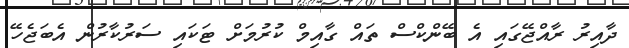
ދާއިރު ރާއްޖޭގައި އެ ބޭންކްސް ތައް ގާއިމް ކުރުމަށް ޓަކައި ސަރުކާާރުން އެބަޖެހޭ